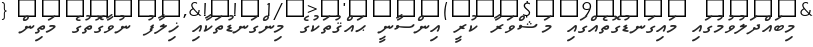
މިބައްދަލުވުމުގައި މައިގަނޑުގޮތެއްގައި މަޝްވަރާ ކުރީ އިންސާނީ ޙައްޤުތަކުގެ މިންގަނޑުތަކާއި ޚިލާފު ނުވާގޮތުގެ މަތިން